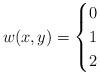
LaTeX: \begin{align*}w(x, y)=\begin{cases}0 & \cr1 & \cr2 & \end{cases}\end{align*}